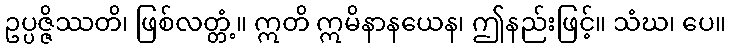
ဥပ္ပဇ္ဇိဿတိ၊ ဖြစ်လတ္တံ့။ ဣတိ ဣမိနာနယေန၊ ဤနည်းဖြင့်။ သံဃ၊ ပေ။